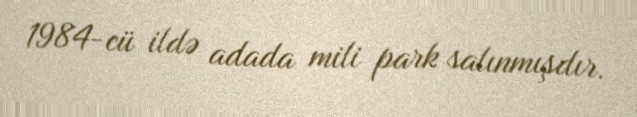
1984-cü ildə adada mili park salınmışdır.